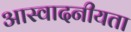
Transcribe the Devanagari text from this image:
आस्वादनीयता